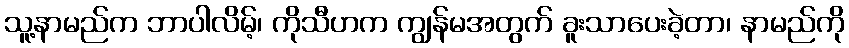
သူ့နာမည်က ဘာပါလိမ့်၊ ကိုသီဟက ကျွန်မအတွက် ခူးသာပေးခဲ့တာ၊ နာမည်ကို